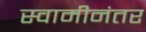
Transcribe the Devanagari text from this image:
स्वामीनंतर